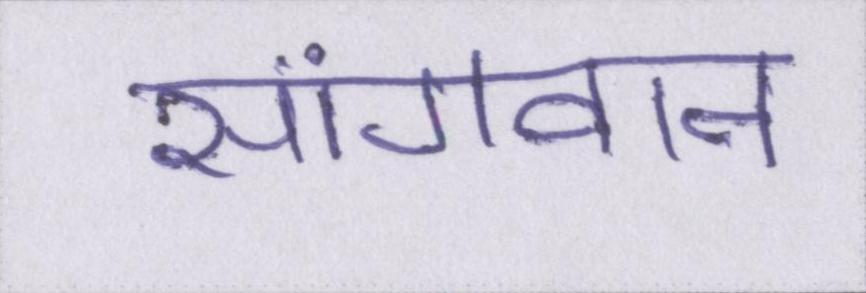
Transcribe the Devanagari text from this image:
सांगवान